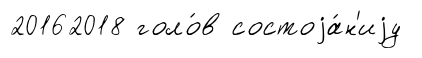
20162018 голо́в состоjа́н'иjу